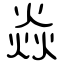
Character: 焱